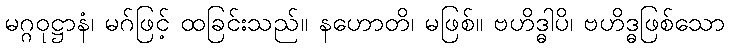
မဂ္ဂဝုဋ္ဌာနံ၊ မဂ်ဖြင့် ထခြင်းသည်။ နဟောတိ၊ မဖြစ်။ ဗဟိဒ္ဓါပိ၊ ဗဟိဒ္ဓဖြစ်သော